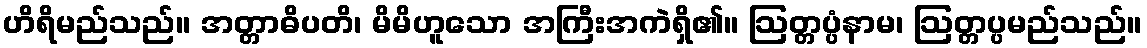
ဟိရိမည်သည်။ အတ္တာဓိပတိ၊ မိမိဟူသော အကြီးအကဲရှိ၏။ ဩတ္တပ္ပံနာမ၊ ဩတ္တပ္ပမည်သည်။